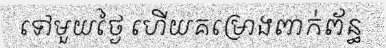
ទៅមួយថ្ងៃ ហើយគម្រោងពាក់ព័ន្ធ